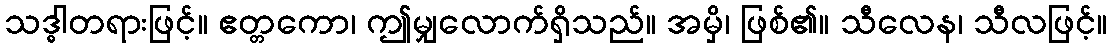
သဒ္ဓါတရားဖြင့်။ ဧတ္တကော၊ ဤမျှလောက်ရှိသည်။ အမှိ၊ ဖြစ်၏။ သီလေန၊ သီလဖြင့်။